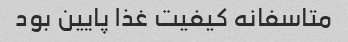
متاسفانه کیفیت غذا پایین بود